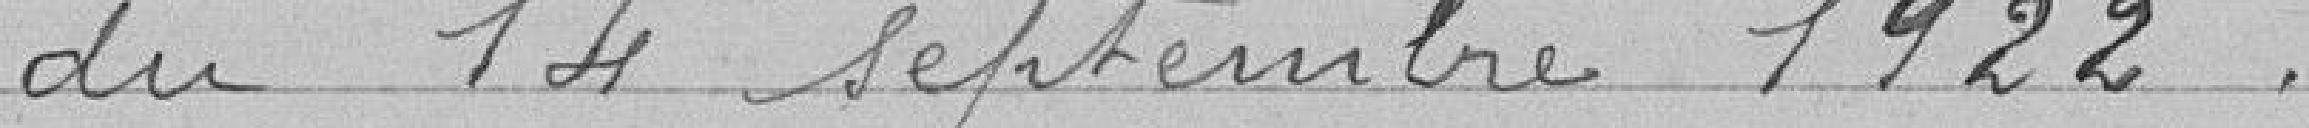
du 14 septembre 1922